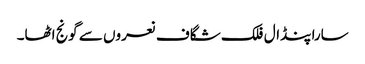
سارا پنڈال فلک شگاف نعروں سے گونج اٹھا۔